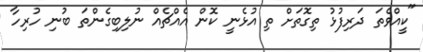
"ކީއްވެތަ ދަރިފުޅު ތިގޮތަށް ތި އުޅެނީ ކޮން އެއްޗެއް ނުލިބިގެންތަ ބުނި ހުރިހާ